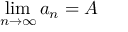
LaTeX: \operatorname* { l i m } _ { n \to \infty } a _ { n } = A